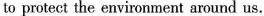
to protect the environment around us.